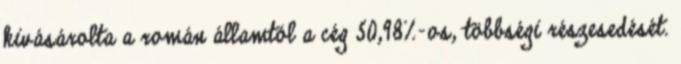
kivásárolta a román államtól a cég 50,98%-os, többségi részesedését.